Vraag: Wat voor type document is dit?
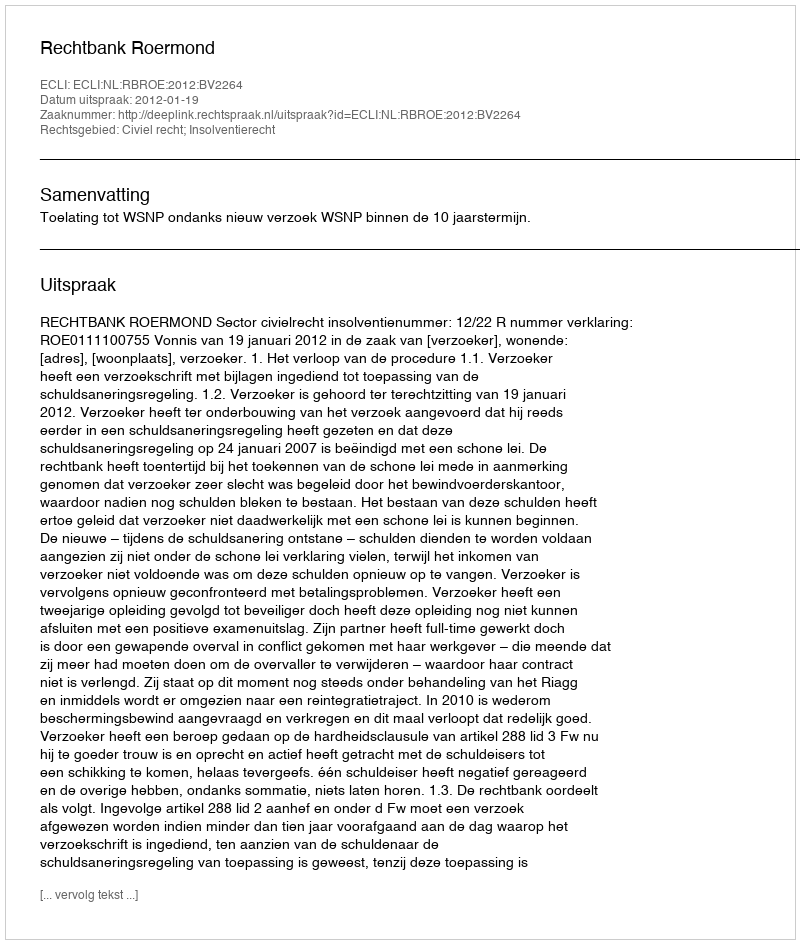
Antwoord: Uitspraak